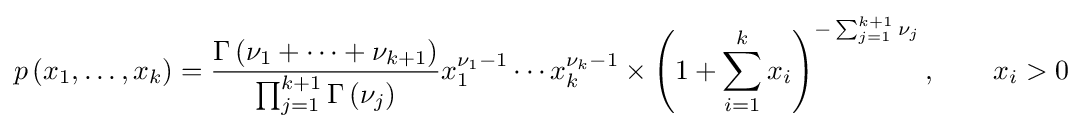
p\left(x_{1},\ldots ,x_{k}\right)={\frac {\Gamma \left(\nu _{1}+\cdots +\nu _{k+1}\right)}{\prod _{j=1}^{k+1}\Gamma \left(\nu _{j}\right)}}x_{1}^{\nu _{1}-1}\cdots x_{k}^{\nu _{k}-1}\times \left(1+\sum _{i=1}^{k}x_{i}\right)^{-\sum _{j=1}^{k+1}\nu _{j}},\qquad x_{i}>0